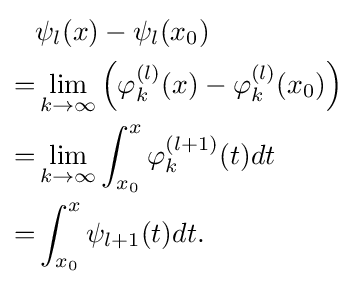
{\begin{aligned}&{}\psi _{l}(x)-\psi _{l}(x_{0})\\=&{}\lim _{k\to \infty }\left(\varphi _{k}^{(l)}(x)-\varphi _{k}^{(l)}(x_{0})\right)\\=&{}\lim _{k\to \infty }\int _{x_{0}}^{x}\varphi _{k}^{(l+1)}(t)dt\\=&{}\int _{x_{0}}^{x}\psi _{l+1}(t)dt.\end{aligned}}